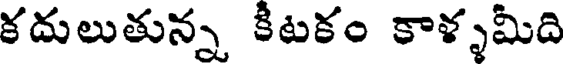
కదులుతున్న కిటకం కాళ్ళమిది